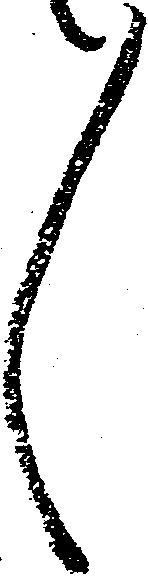
々